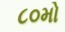
૮૦મો